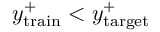
y _ { \mathrm { t r a i n } } ^ { + } < y _ { \mathrm { t a r g e t } } ^ { + }